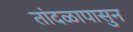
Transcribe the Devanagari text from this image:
तांदळापासुन